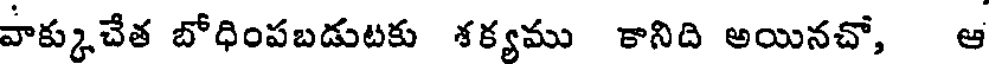
పాక్కుచేత బోధింపబడుటకు శక్యము కానిది అయినచో, ఆ